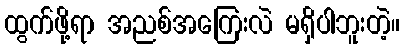
ထွက်ဖို့ရာ အညစ်အကြေးလဲ မရှိပါဘူးတဲ့။